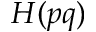
H ( p q )